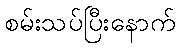
စမ်းသပ်ပြီးနောက်